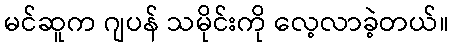
မင်ဆူက ဂျပန် သမိုင်းကို လေ့လာခဲ့တယ်။